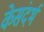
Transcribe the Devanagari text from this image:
केसंदर्भ